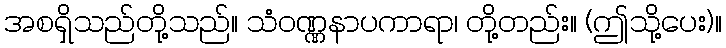
အစရှိသည်တို့သည်။ သံဝဏ္ဏနာပကာရာ၊ တို့တည်း။ (ဤသို့ပေး)။